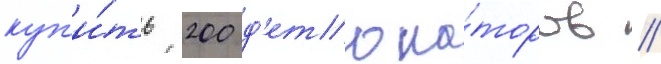
куп'и́ть 200 д'етона́торов //